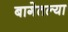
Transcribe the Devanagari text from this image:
बागेतल्या